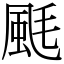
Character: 䫽